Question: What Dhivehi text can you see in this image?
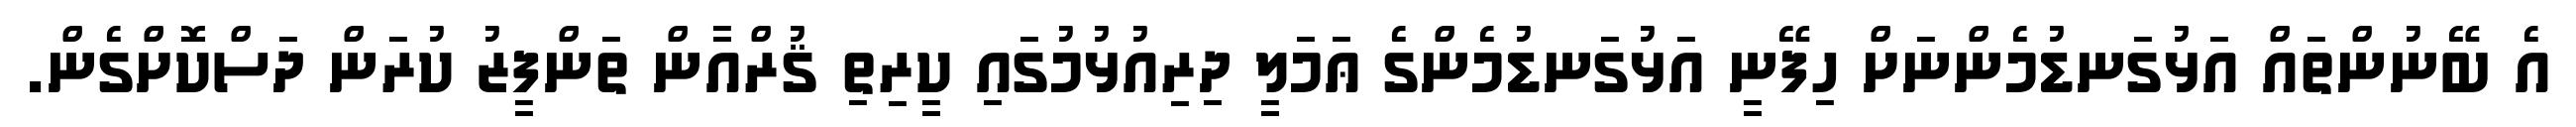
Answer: އެ ބޭނުންތައް އަޅުގަނޑުމެންނަށް ހިފޭނީ އަޅުގަނޑުމެންގެ ޢަމަލީ ދިރިއުޅުމުގައި ކީރިތި ޤުރްއާން ތަންފީޒު ކުރަން ދަސްކޮށްގެން.